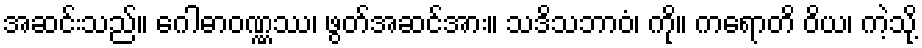
အဆင်းသည်။ ဂေါဓာဝဏ္ဏဿ၊ ဖွတ်အဆင်အား။ သဒိသဘာဝံ၊ ကို။ ကရောတိ ဝိယ၊ ကဲ့သို့